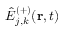
\hat { E } _ { j , k } ^ { ( + ) } ( \mathbf { r } , t )